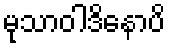
မုသာဝါဒိနောပိ